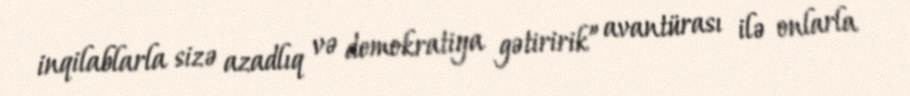
inqilablarla sizə azadlıq və demokratiya gətiririk” avantürası ilə onlarla